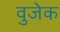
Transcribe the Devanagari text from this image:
वुजेक